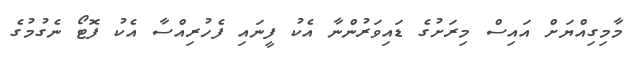
މާމިގިއްޔަށް އައިސް މިރަށުގެ ޑައިވަރުންނާ އެކު ފީނައި ފެހުރިއްސާ އެކު ފޮޓޯ ނެގުމުގެ